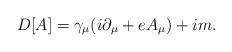
LaTeX: \begin{align*}D[A] = \gamma_{\mu}(i\partial_{\mu} + eA_{\mu})+ im.\end{align*}